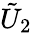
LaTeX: \tilde{U}_{2}